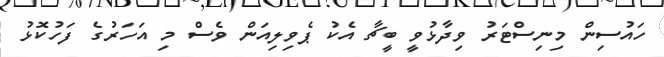
ހައުސިން މިނިސްޓަރު ވިދާޅުވީ ބީޗާ އެކު ޕެވިލިއަން ވެސް މި އަހަރުގެ ފަހުކޮޅު